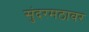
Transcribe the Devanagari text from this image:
सुंदरमठावर